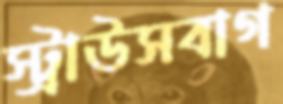
স্ট্রাউসবাগ